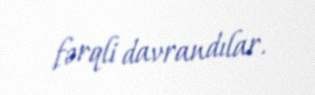
fərqli davrandılar.